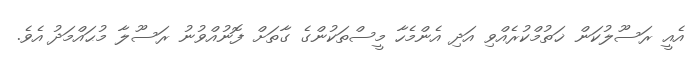
އެއީ ރަސޫލުކަން ޚަތުމްކުރެއްވި އަދި އެންމެހާ މީސްތަކުންގެ ގާތަށް ފޮނުއްވުނު ރަސޫލާ މުޙައްމަދު  އެވެ.